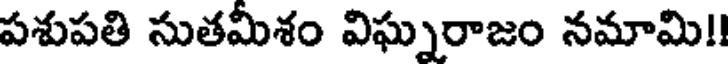
పశుపతి సుతమీశం విఘ్నరాజం నమామి!